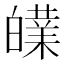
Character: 𰤝